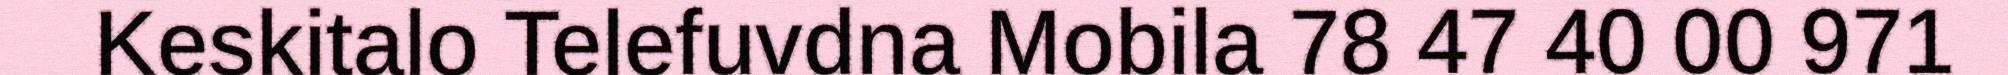
Keskitalo Telefuvdna Mobila 78 47 40 00 971